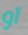
آو